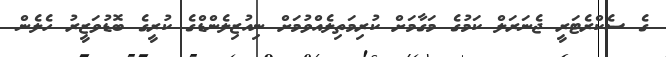
ގެ ސެކްރެޓަރީ ޖެނަރަލް ކަމުގެ މަގާމަށް ކުރިމަތިލެއްވުމަށް ނިއުޒިލެންޑްގެ ކުރީގެ ބޮޑުވަޒީރު ހެލެން